Civil Veterinary Department. Central Provinces & Berar 1932-41 - 1932-1941
Year: 1932
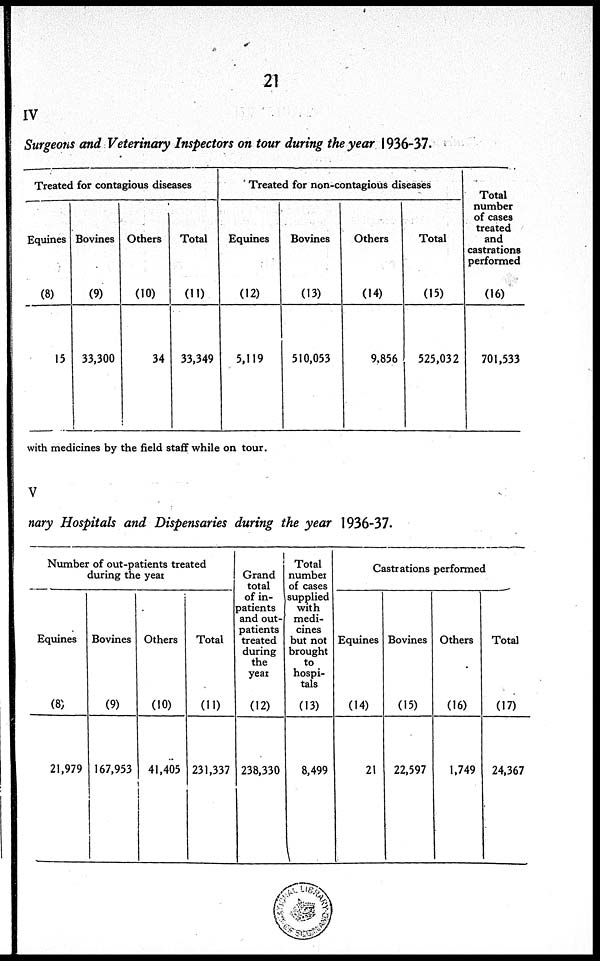
21
IV
Surgeons and Veterinary Inspectors on tour during the year 1936-37.
Treated for contagious diseases
Equines
(8)
15
Bovines
(9)
33,300
Others
(10)
34
Total
(11)
33,349
Treated for non-contagious diseases
Equines
(12)
5,119
Bovines
(13)
510,053
Others
(14)
9,856
Total
(15)
525,032
Total
number
of cases
treated
and
castrations
performed
(16)
701,533
with medicines by the field staff while on tour.
V
nary Hospitals and Dispensaries during the year 1936-37.
Number of out-patients treated
during the year
Equines
(8)
21,979
Bovines
(9)
167,953
Others
(10)
41,405
Total
(11)
231,337
Grand
total
of in-
patients
and out-
patients
treated
during
the
year (12)
238,330
Total
number
of cases
supplied
with
medi-
cines
but not
brought
to
hospi-
tals.
(13)
8,499
Castrations performed
Equines
(14)
21
Bovines
(15)
22,597
Others
(16)
1,749
Total
(17)
24,367